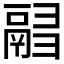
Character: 𩰸